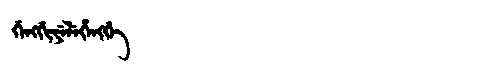
Manchu: ᡤᡝᠩᡤᡳᠶᡝᠯᡝᡥᡝᠩᡤᡝ
Romanization: GENGGIYELEHENGGE